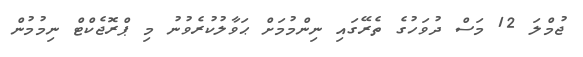
ޖުމްލަ 12 މަސް ދުވަހުގެ ތެރޭގައި ނިންމުމަށް ޙަވާލުކުރެވުނު މި ޕްރޮޖެކްޓް ނިމުމުން